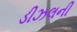
ડીઝલની